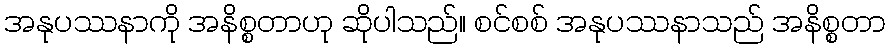
အနုပဿနာကို အနိစ္စတာဟု ဆိုပါသည်။ စင်စစ် အနုပဿနာသည် အနိစ္စတာ